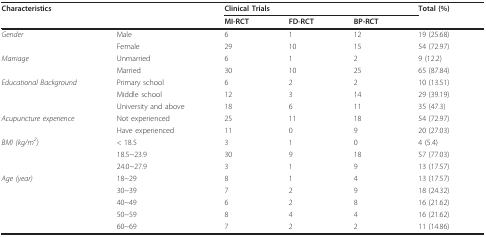
<table><thead><tr><td><b>Characteristics</b></td><td></td><td colspan="3"><b>Clinical Trials</b></td><td><b>Total (%)</b></td></tr><tr><td></td><td></td><td><b>MI-RCT</b></td><td><b>FD-RCT</b></td><td><b>BP-RCT</b></td><td></td></tr></thead><tbody><tr><td><i>Gender</i></td><td>Male</td><td>6</td><td>1</td><td>12</td><td>19 (25.68)</td></tr><tr><td></td><td>Female</td><td>29</td><td>10</td><td>15</td><td>54 (72.97)</td></tr><tr><td><i>Marriage</i></td><td>Unmarried</td><td>6</td><td>1</td><td>2</td><td>9 (12.2)</td></tr><tr><td></td><td>Married</td><td>30</td><td>10</td><td>25</td><td>65 (87.84)</td></tr><tr><td><i>Educational Background</i></td><td>Primary school</td><td>6</td><td>2</td><td>2</td><td>10 (13.51)</td></tr><tr><td></td><td>Middle school</td><td>12</td><td>3</td><td>14</td><td>29 (39.19)</td></tr><tr><td></td><td>University and above</td><td>18</td><td>6</td><td>11</td><td>35 (47.3)</td></tr><tr><td><i>Acupuncture experience</i></td><td>Not experienced</td><td>25</td><td>11</td><td>18</td><td>54 (72.97)</td></tr><tr><td></td><td>Have experienced</td><td>11</td><td>0</td><td>9</td><td>20 (27.03)</td></tr><tr><td><i>BMI (kg/m</i><sup><i>2</i></sup><i>)</i></td><td>&lt; 18.5</td><td>3</td><td>1</td><td>0</td><td>4 (5.4)</td></tr><tr><td></td><td>18.5~23.9</td><td>30</td><td>9</td><td>18</td><td>57 (77.03)</td></tr><tr><td></td><td>24.0~27.9</td><td>3</td><td>1</td><td>9</td><td>13 (17.57)</td></tr><tr><td><i>Age (year)</i></td><td>18~29</td><td>8</td><td>1</td><td>4</td><td>13 (17.57)</td></tr><tr><td></td><td>30~39</td><td>7</td><td>2</td><td>9</td><td>18 (24.32)</td></tr><tr><td></td><td>40~49</td><td>6</td><td>2</td><td>8</td><td>16 (21.62)</td></tr><tr><td></td><td>50~59</td><td>8</td><td>4</td><td>4</td><td>16 (21.62)</td></tr><tr><td></td><td>60~69</td><td>7</td><td>2</td><td>2</td><td>11 (14.86)</td></tr></tbody></table>